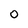
Character: 0